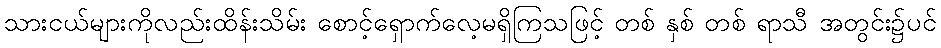
သားငယ်များကိုလည်းထိန်းသိမ်း စောင့်ရှောက်လေ့မရှိကြသဖြင့် တစ် နှစ် တစ် ရာသီ အတွင်း၌ပင်